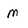
Character: M